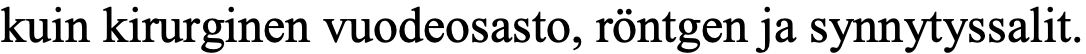
kuin kirurginen vuodeosasto, röntgen ja synnytyssalit.